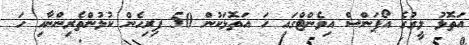
އަތޮޅު ލީގުގެ އޯޕަންސް އިވެންޓްގައި ހަ އަތޮޅަކުން 50 ފިރިހެން ކުޅުންތެރިންނާއި ހަ